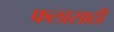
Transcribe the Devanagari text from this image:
फलासाठी